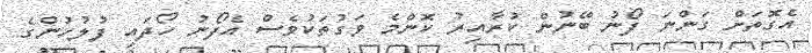
އެގޮތަށް ގަންނަ ފޯނު ބޭނުން ކުރާއިރު ކޮންމެ ވަގުތަކުވެސް އެފޯނު ހޯދައި ފުލުހުންގެ